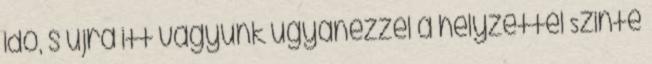
idő, s újra itt vagyunk ugyanezzel a helyzettel Szinte